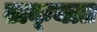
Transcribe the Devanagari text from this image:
टाक्‍यात